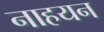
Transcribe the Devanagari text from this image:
नाहयन